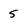
Character: 5